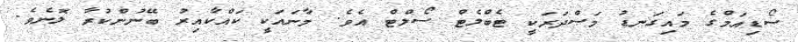
ސޯޑިއަމްގެ މައިގަނޑު މަޞްދަރަކީ ޓެބްލެޓް ސޯލްޓް އެވެ. މާނައަކީ ކައްކާއިރު ބޭނުންކުރާ ލޮނެވެ.